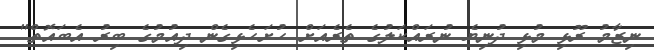
ނިޒާމު ރޫޅި މުޅި ދުނިޔެ ނުރައްކަލުގެ ތެރެއަށް ހުށަހެޅިގެން ދިއުމުގެ ބިރު އެބައޮތް"